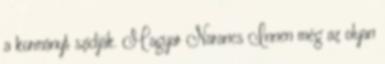
a kormányt szidják. Magyar Narancs Innen még az olyan